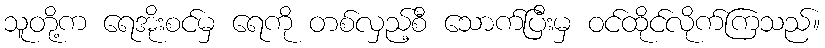
သူတို့က ရေအိုးစင်မှ ရေကို တစ်လှည့်စီ သောက်ပြီးမှ ဝင်ထိုင်လိုက်ကြသည်။